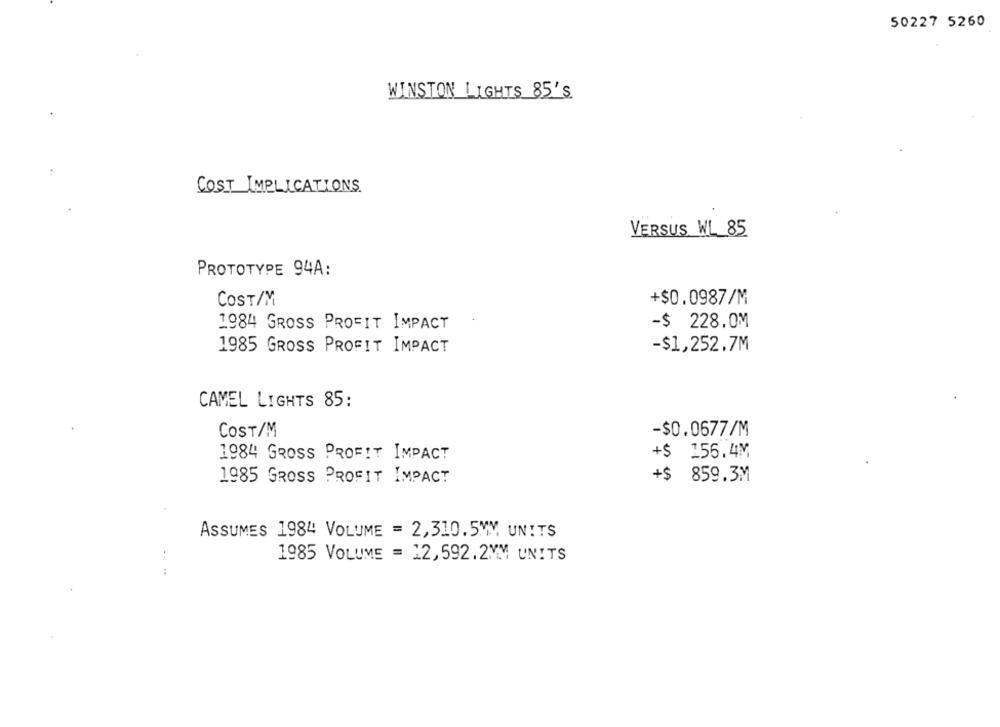
50227 5260
WINSTON LIGHTS 85'S
COST IMPLICATIONS.
VERSUS WL 85
PROTOTYPE 94A:
COST/M
+$0.0987/M
1984 GROSS PROFIT IMPACT
-$ 228.0M
1985 GROSS PROFIT IMPACT
-$1,252.7M
CAMEL LIGHTS 85:
COST/M
-$0.0677/M
1984 GROSS PROFIT IMPACT
+$ 156.4M
1985 GROSS PROFIT IMPACT
+$ 859.3M
ASSUMES 1984 VOLUME = 2,310.5MM. UNITS
1985 VOLUME = 12,592.2MM UNITS